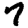
Digit: 7